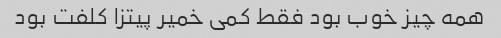
همه چیز خوب بود فقط کمی خمیر پیتزا کلفت بود